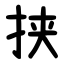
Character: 挟